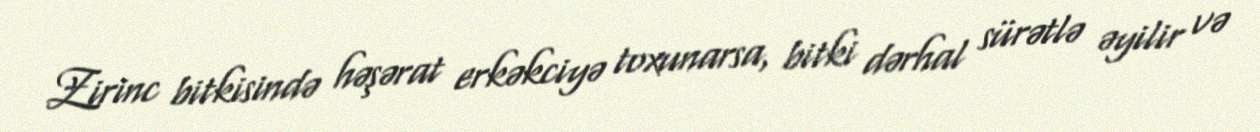
Zirinc bitkisində həşərat erkəkciyə toxunarsa, bitki dərhal sürətlə əyilir və